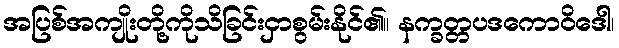
အပြစ်အကျိုးတို့ကိုသိခြင်းငှာစွမ်းနိုင်၏။ နက္ခတ္တပဒကောဝိဒေါ၊